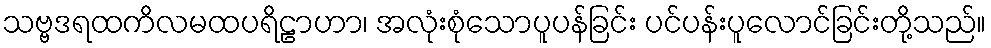
သဗ္ဗဒရထကိလမထပရိဠာဟာ၊ အလုံးစုံသောပူပန်ခြင်း ပင်ပန်းပူလောင်ခြင်းတို့သည်။